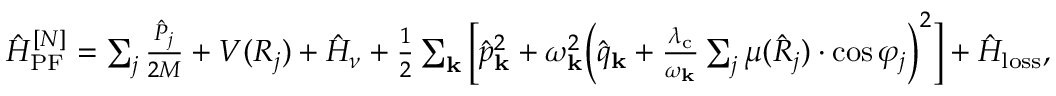
\begin{array} { r } { \hat { H } _ { \mathrm { P F } } ^ { [ N ] } = \sum _ { j } \frac { \hat { P } _ { j } } { 2 M } + V ( R _ { j } ) + \hat { H } _ { \nu } + \frac { 1 } { 2 } \sum _ { \mathbf { k } } \Big [ \hat { p } _ { \bf k } ^ { 2 } + \omega _ { \bf k } ^ { 2 } \Big ( \hat { q } _ { \bf k } + \frac { \lambda _ { \mathrm { c } } } { \omega _ { \bf k } } \sum _ { j } \mu ( \hat { R } _ { j } ) \cdot \cos \varphi _ { j } \Big ) ^ { 2 } \Big ] + \hat { H } _ { \mathrm { l o s s } } , } \end{array}